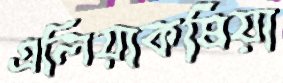
এলিয়াকষিয়া